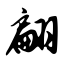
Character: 翩